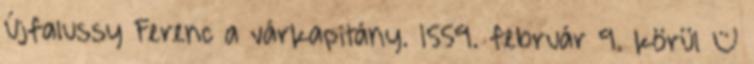
Újfalussy Ferenc a várkapitány. 1559. február 9. körül –